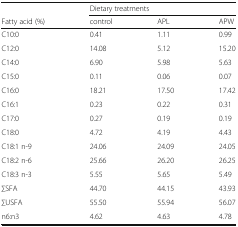
<table><thead><tr><td></td><td colspan="3"><b>Dietary treatments</b></td></tr><tr><td><b>Fatty acid (%)</b></td><td><b>control</b></td><td><b>APL</b></td><td><b>APW</b></td></tr></thead><tbody><tr><td>C10:0</td><td>0.41</td><td>1.11</td><td>0.99</td></tr><tr><td>C12:0</td><td>14.08</td><td>5.12</td><td>15.20</td></tr><tr><td>C14:0</td><td>6.90</td><td>5.98</td><td>5.63</td></tr><tr><td>C15:0</td><td>0.11</td><td>0.06</td><td>0.07</td></tr><tr><td>C16:0</td><td>18.21</td><td>17.50</td><td>17.42</td></tr><tr><td>C16:1</td><td>0.23</td><td>0.22</td><td>0.31</td></tr><tr><td>C17:0</td><td>0.27</td><td>0.19</td><td>0.19</td></tr><tr><td>C18:0</td><td>4.72</td><td>4.19</td><td>4.43</td></tr><tr><td>C18:1 n-9</td><td>24.06</td><td>24.09</td><td>24.05</td></tr><tr><td>C18:2 n-6</td><td>25.66</td><td>26.20</td><td>26.25</td></tr><tr><td>C18:3 n-3</td><td>5.55</td><td>5.65</td><td>5.49</td></tr><tr><td>∑SFA</td><td>44.70</td><td>44.15</td><td>43.93</td></tr><tr><td>∑USFA</td><td>55.50</td><td>55.94</td><td>56.07</td></tr><tr><td>n6:n3</td><td>4.62</td><td>4.63</td><td>4.78</td></tr></tbody></table>